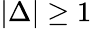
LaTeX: |\Delta|\geq 1